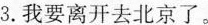
3.我要离开去北京了。